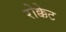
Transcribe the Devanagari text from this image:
रोक्केट